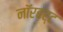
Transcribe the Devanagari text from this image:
नॉरबर्ट